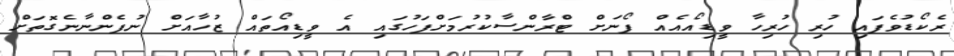
ރެކޯޑުވެފައި ހުރި ހުރިހާ ވީޑިއޯއެއް ފޯނަށް ޓްރާންސާކުރުމަށްފަހުގައި އެ ވީޑިއޯތައް ޒުހާއަށް ނުފެންނާނެގޮތަށް